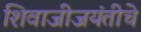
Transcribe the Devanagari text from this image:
शिवाजीजयंतीचे